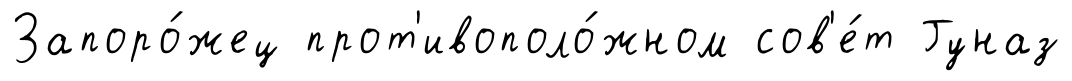
Запоро́жец прот'ивополо́жном сов'е́т Гуназ